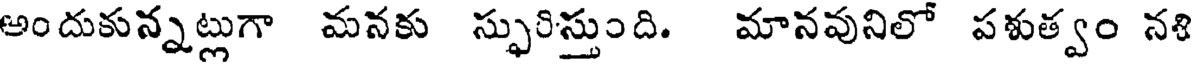
అందుకున్నట్లుగా మనకు స్ఫురిస్తుంది. మానవునిలో పశుత్వం నశి